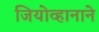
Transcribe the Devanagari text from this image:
जियोव्हानाने